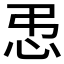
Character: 𪫥